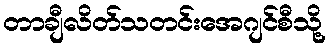
တာချီလိတ်သတင်းအေဂျင်စီသို့